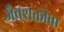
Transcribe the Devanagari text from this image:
जैवशक्तीचा